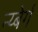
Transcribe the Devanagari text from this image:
न्य्बेर्ग